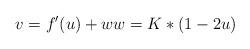
LaTeX: \begin{align*}v=f^{\prime}(u)+ww=K\ast(1-2u) \end{align*}